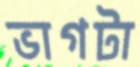
ভাগটা